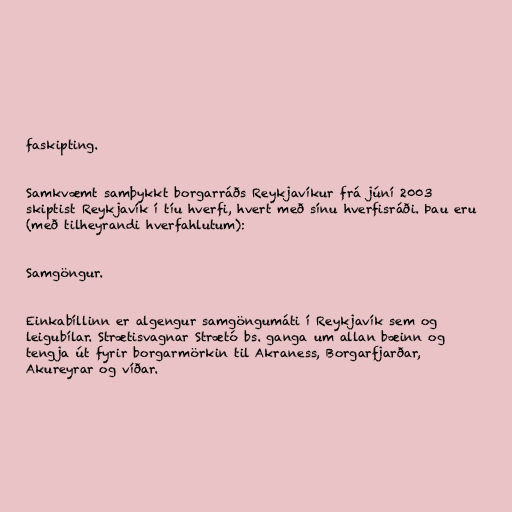
faskipting.

Samkvæmt samþykkt borgarráðs Reykjavíkur frá júní 2003
skiptist Reykjavík í tíu hverfi, hvert með sínu hverfisráði. Þau eru
(með tilheyrandi hverfahlutum):

Samgöngur.

Einkabíllinn er algengur samgöngumáti í Reykjavík sem og
leigubílar. Strætisvagnar Strætó bs. ganga um allan bæinn og
tengja út fyrir borgarmörkin til Akraness, Borgarfjarðar,
Akureyrar og víðar.